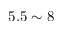
5 . 5 \sim 8